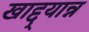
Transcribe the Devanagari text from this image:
खाद्द्यान्न